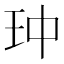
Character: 𮴄